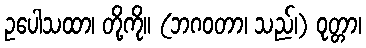
ဥပေါသထာ၊ တို့ကို။ (ဘဂဝတာ၊ သည်၊) ဝုတ္တာ၊